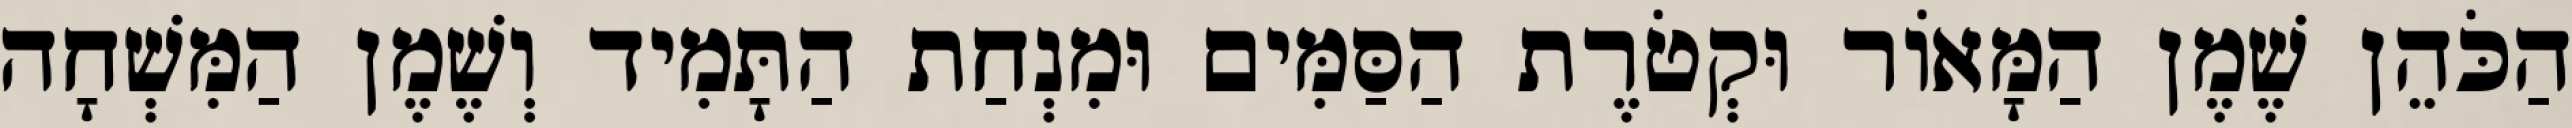
הַכֹּהֵן שֶׁמֶן הַמָּאוֹר וּקְטֹרֶת הַסַּמִּים וּמִנְחַת הַתָּמִיד וְשֶׁמֶן הַמִּשְׁחָה